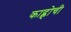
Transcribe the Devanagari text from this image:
काह्लोची